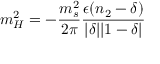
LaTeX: m _ { H } ^ { 2 } = - \frac { m _ { s } ^ { 2 } } { 2 \pi } \frac { \epsilon ( n _ { 2 } - \delta ) } { | \delta | | 1 - \delta | }